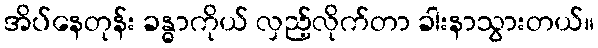
အိပ်နေတုန်း ခန္ဓာကိုယ် လှည့်လိုက်တာ ခါးနာသွားတယ်။